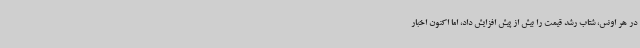
در هر اونس، شتاب رشد قیمت را بیش از پیش افزایش داد، اما اکنون اخبار